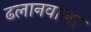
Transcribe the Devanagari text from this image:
ढलानवाला